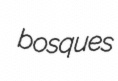
bosques